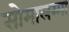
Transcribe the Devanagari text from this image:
सोमालम्मा